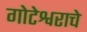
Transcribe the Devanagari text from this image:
गोटेश्वराचे